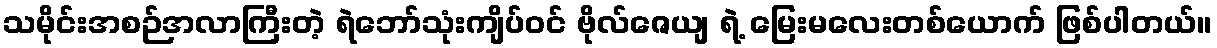
သမိုင်းအစဉ်အလာကြီးတဲ့ ရဲဘော်သုံးကျိပ်ဝင် ဗိုလ်ဇေယျ ရဲ့ မြေးမလေးတစ်ယောက် ဖြစ်ပါတယ်။